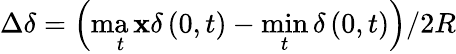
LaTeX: \Delta\delta=\left(\operatorname*{ma\mathbf{x}}_{t}\delta\left(0,t\right)-\operatorname*{min}_{t}\delta\left(0,t\right)\right)/2R